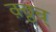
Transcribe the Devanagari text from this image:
क़्ठ्ठन्र्